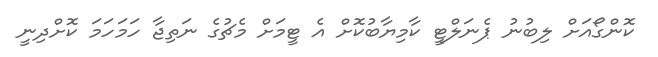
ކޮންގޯއަށް ލިބުނު ޕެނަލްޓީ ކާމިޔާބުކޮށް އެ ޓީމަށް މެޗުގެ ނަތިޖާ ހަމަހަމަ ކޮށްދިނީ